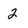
Character: 2